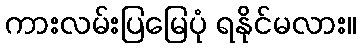
ကားလမ်းပြမြေပုံ ရနိုင်မလား။